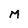
Character: M